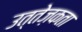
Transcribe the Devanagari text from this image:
उत्तेज़कता